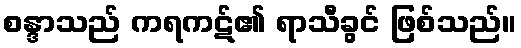
စန္ဒာသည် ကရကဋ်၏ ရာသီခွင် ဖြစ်သည်။